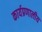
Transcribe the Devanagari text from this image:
कार्यप्रणालीय